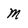
Character: m